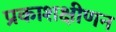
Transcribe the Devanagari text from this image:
प्रकाशक्षीणन